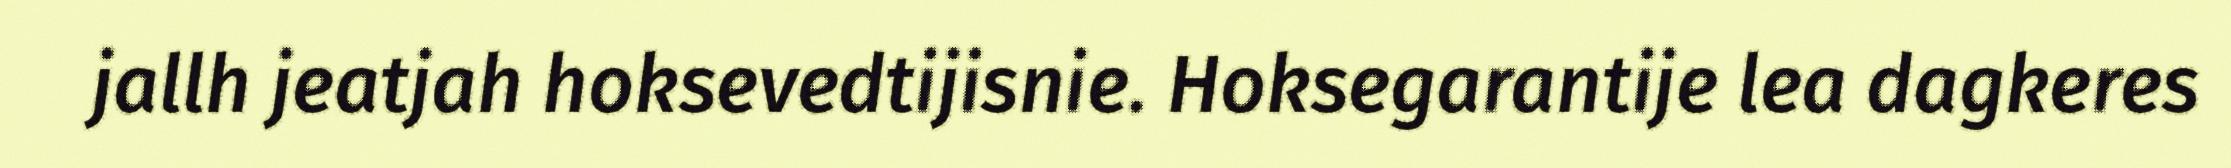
jallh jeatjah hoksevedtijisnie. Hoksegarantije lea dagkeres